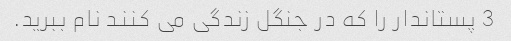
3 پستاندار را که در جنگل زندگی می کنند نام ببرید.